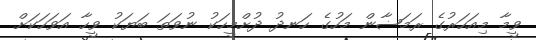
ވީމާ މިއަހަރުގެ ރަމަޟާން މަހުގެ ހަނދު ދުށްމީހަކު ނުވަތަ ބަޔަކު ވީހާ އަވަހަކަށް